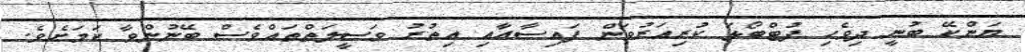
ޔަންކޭ ބުނީ ދިވެހި ފުޓްބޯޅަ ކުރިއަރުވަން ފައިސާއާއި އިތުރު ވަސީލަތްތައްވެސް ބޭނުންވާ ކަމަށެވެ.